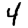
Digit: 4